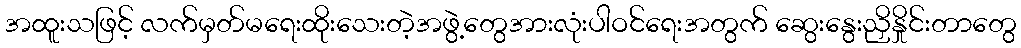
အထူးသဖြင့် လက်မှတ်မရေးထိုးသေးတဲ့အဖွဲ့တွေအားလုံးပါဝင်ရေးအတွက် ဆွေးနွေးညှိနှိုင်းတာတွေ